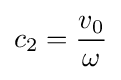
c_{2}={\frac {v_{0}}{\omega }}